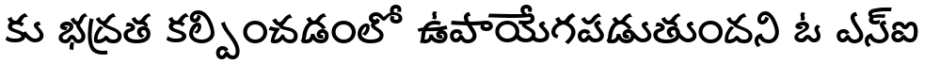
కు భద్రత కల్పించడంలో ఉపాయేగపడుతుందని ఓ ఎస్ఐ